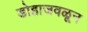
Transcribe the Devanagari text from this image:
डोहाजवळून